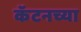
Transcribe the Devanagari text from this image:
कॅटनच्या